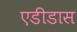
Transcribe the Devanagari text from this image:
एडीडास